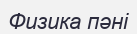
Физика пәні